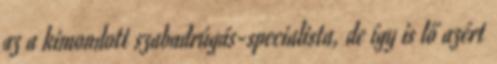
az a kimondott szabadrúgás-specialista, de így is lő azért